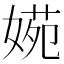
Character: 𡟃